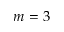
m = 3